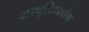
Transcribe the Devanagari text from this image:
आवृत्तिवर्धक